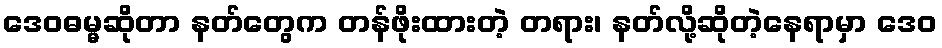
ဒေဝဓမ္မဆိုတာ နတ်တွေက တန်ဖိုးထားတဲ့ တရား၊ နတ်လို့ဆိုတဲ့နေရာမှာ ဒေဝ